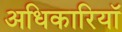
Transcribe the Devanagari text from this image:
अधिकारियॉ